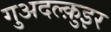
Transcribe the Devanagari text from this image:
गुअदल्क़ुइर